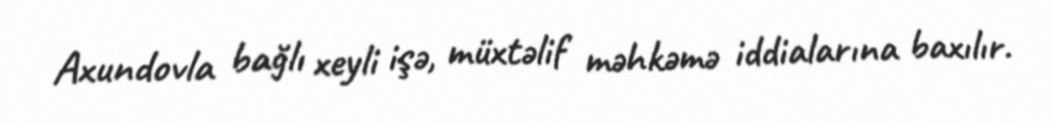
Axundovla bağlı xeyli işə, müxtəlif məhkəmə iddialarına baxılır.